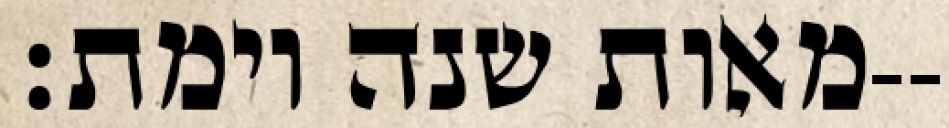
מאות שנה וימת׃--